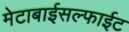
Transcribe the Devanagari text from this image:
मेटाबाईसल्फाईट